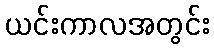
ယင်းကာလအတွင်း